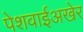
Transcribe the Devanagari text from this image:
पेशवाईअखेर